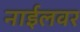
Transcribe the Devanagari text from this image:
नाईलवर